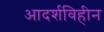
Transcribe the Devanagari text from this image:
आदर्शविहीन